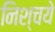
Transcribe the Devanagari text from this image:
निश्चये